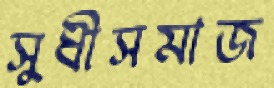
সুধীসমাজ